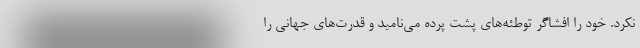
نکرد. خود را افشاگر توطئه‌های پشت پرده می‌نامید و قدرت‌های جهانی را